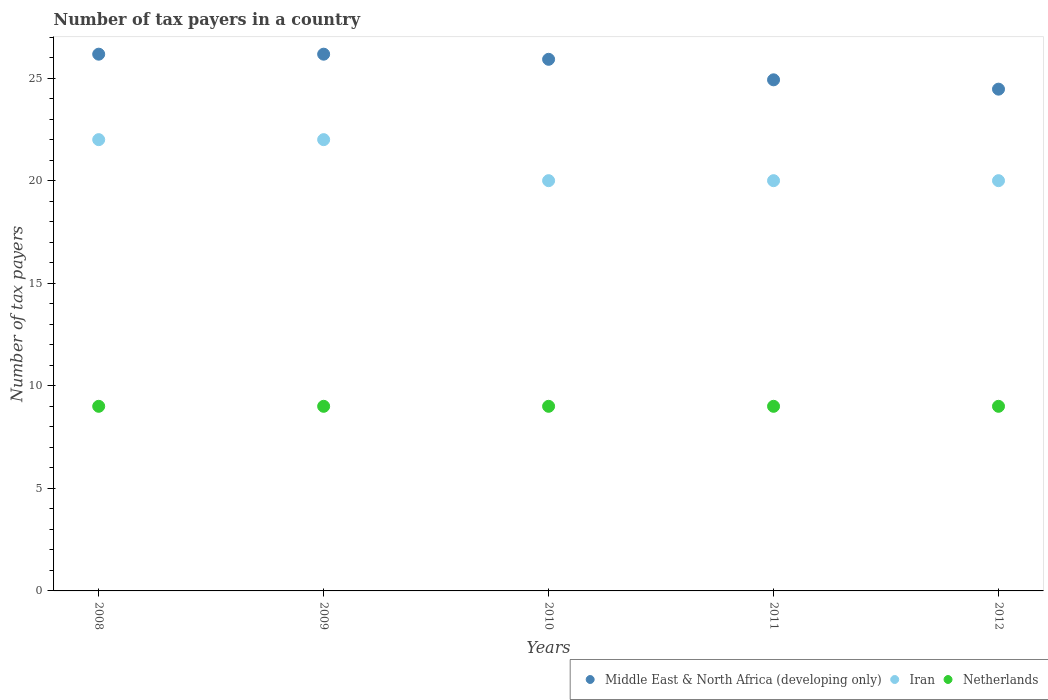
| Years | Middle East & North Africa (developing only) | Iran | Netherlands |
 | --- | --- | --- | --- |
 | 2008 | 26.2 | 22 | 9 |
 | 2009 | 26.2 | 22 | 9 |
 | 2010 | 25.9 | 20 | 9 |
 | 2011 | 24.9 | 20 | 9 |
 | 2012 | 24.5 | 20 | 9 |